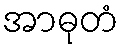
အာဓုတံ